Note on the mental hospitals in Burma - 1925-1940
Year: 1925
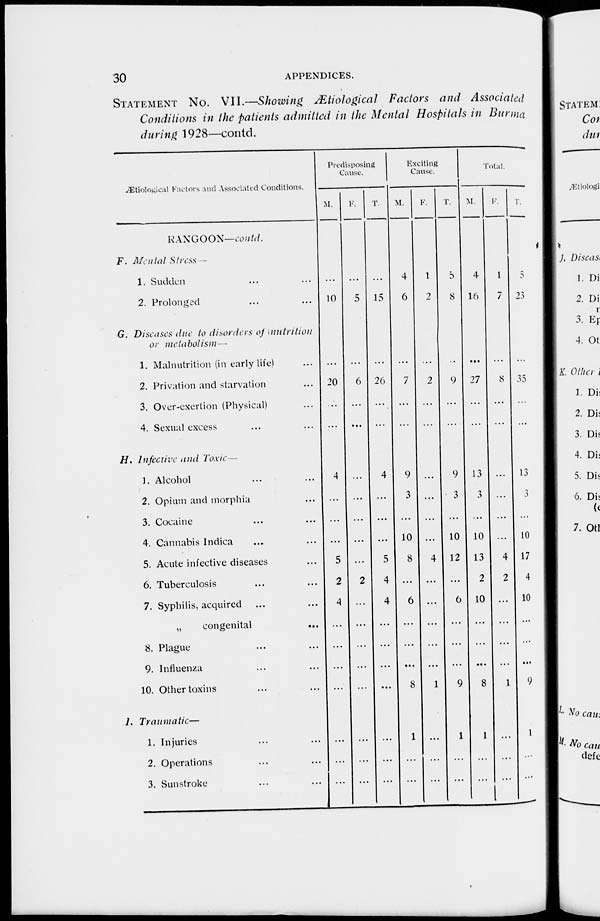
30
APPENDICES.
STATEMENT No. VII.—Showing Ætiological Factors and Associated
Conditions in the patients admitted in the Mental Hospitals in Burma
during 1928—contd.
Ætiological Factors and Associated Conditions.
RANGOON—contd.
F. Mental Stress
1. Sudden
2. Prolonged
G. Diseases due to disorders of nutrition
or metabolism—
1. Malnutrition (in early life) ...
2. Privation and starvation ...
3. Over-exertion (Physical) ...
4. Sexual excess ... ...
H. Infective and Toxic —
1. Alcohol ... ...
2. Opium and morphia ...
3. Cocaine ... ...
4. Cannabis Indica ... ...
5. Acute infective diseases ...
6. Tuberculosis ... ...
7. Syphilis, acquired ... ...
„
congenital ...
8. Plague ... ...
9. Influenza ... ...
10. Other toxins
I. Traumatic—
1. Injuries ... ...
2. Operations ... ...
3. Sunstroke ... ...
Predisposing
Cause.
M.
...
10
...
20
...
...
4
...
...
...
5
2
4
...
...
...
...
...
...
...
F.
...
5
...
6
...
...
...
...
...
...
...
2
...
...
...
...
...
...
...
...
T.
...
15
...
26
...
...
4
...
...
...
5
4
4
...
...
...
...
...
...
...
Exciting
Cause.
M.
4
6
...
7
...
...
9
3
...
10
8
...
6
...
...
...
8
1
...
...
F.
1
2
...
2
...
...
...
...
...
...
4
...
...
...
...
...
1
...
...
...
T.
5
8
...
9
...
...
9
3
...
10
12
...
6
...
...
...
9
1
...
...
Total.
M.
4
16
...
27
...
...
13
3
...
10
13
2
10
...
...
...
8
1
...
...
F.
1
7
...
8
...
...
...
...
...
...
4
2
...
...
...
...
1
...
...
...
T.
5
25
...
35
...
...
13
3
...
10
17
4
10
...
...
...
9
1
...
...